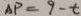
A P = 9 - t